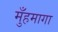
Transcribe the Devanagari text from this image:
मुँहमागा